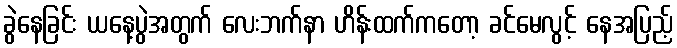
ခွဲနေခြင်း ယနေ့ပွဲအတွက် လေးဘက်နာ ဟိန်းထက်ကတော့ ခင်မေလွင့် နေအပြည့်